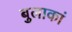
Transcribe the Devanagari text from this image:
बुलाकां